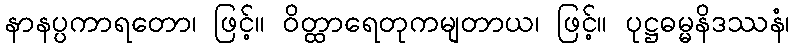
နာနပ္ပကာရတော၊ ဖြင့်။ ဝိတ္ထာရေတုကမျတာယ၊ ဖြင့်။ ပုဋ္ဌဓမ္မနိဒဿနံ၊